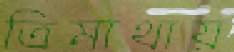
ত্রিমাথায়